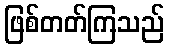
ဖြစ်တတ်ကြသည်